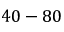
4 0 - 8 0